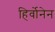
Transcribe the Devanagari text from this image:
हिर्वोनेन